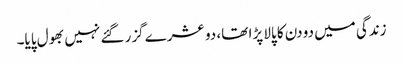
زندگی میں دو دن کا پالا پڑا تھا، دو عشرے گزر گئے نہیں بھول پایا۔